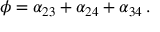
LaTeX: \phi = \alpha _ { 2 3 } + \alpha _ { 2 4 } + \alpha _ { 3 4 } \, .